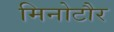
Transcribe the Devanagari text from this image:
मिनोटौर